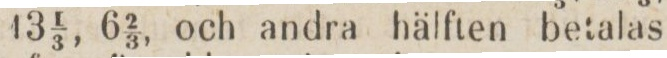
13 ⅓, 6 ⅔, och andra hälften betalas